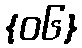
{၀၆}